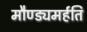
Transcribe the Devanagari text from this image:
मौण्ड्यमर्हति